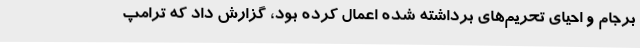
برجام و احیای تحریم‌های برداشته شده اعمال کرده بود، گزارش داد که ترامپ